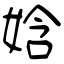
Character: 娢